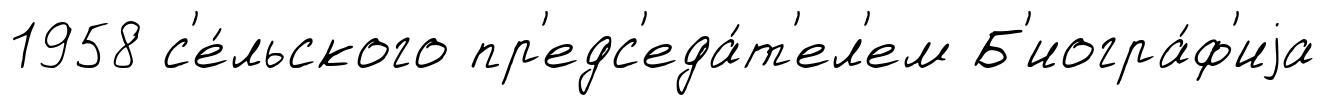
1958 с'е́льского пр'едс'еда́т'ел'ем Б'иогра́ф'иjа